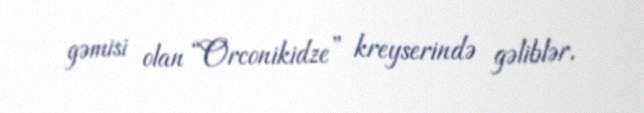
gəmisi olan “Orconikidze” kreyserində gəliblər.